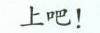
上吧！